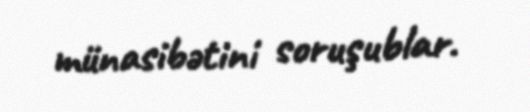
münasibətini soruşublar.